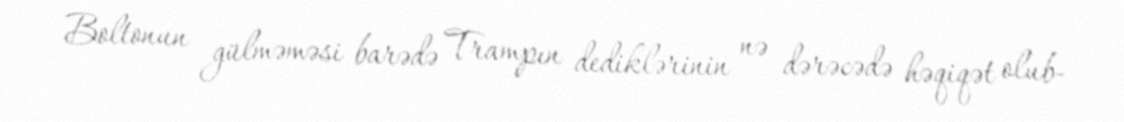
Boltonun gülməməsi barədə Trampın dediklərinin nə dərəcədə həqiqət olub-